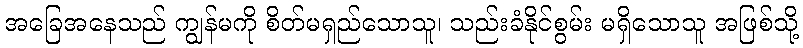
အခြေအနေသည် ကျွန်မကို စိတ်မရှည်သောသူ၊ သည်းခံနိုင်စွမ်း မရှိသောသူ အဖြစ်သို့